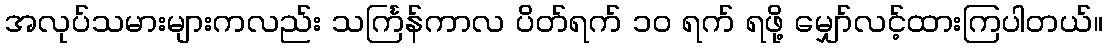
အလုပ်သမားများကလည်း သင်္ကြန်ကာလ ပိတ်ရက် ၁၀ ရက် ရဖို့ မျှော်လင့်ထားကြပါတယ်။